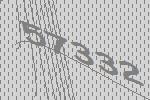
57332